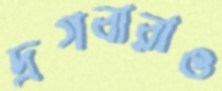
দ্রগবারাও